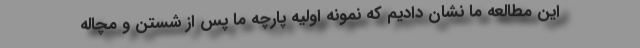
این مطالعه ما نشان دادیم که نمونه اولیه پارچه ما پس از شستن و مچاله